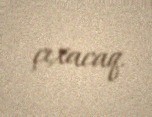
çıxacaq.